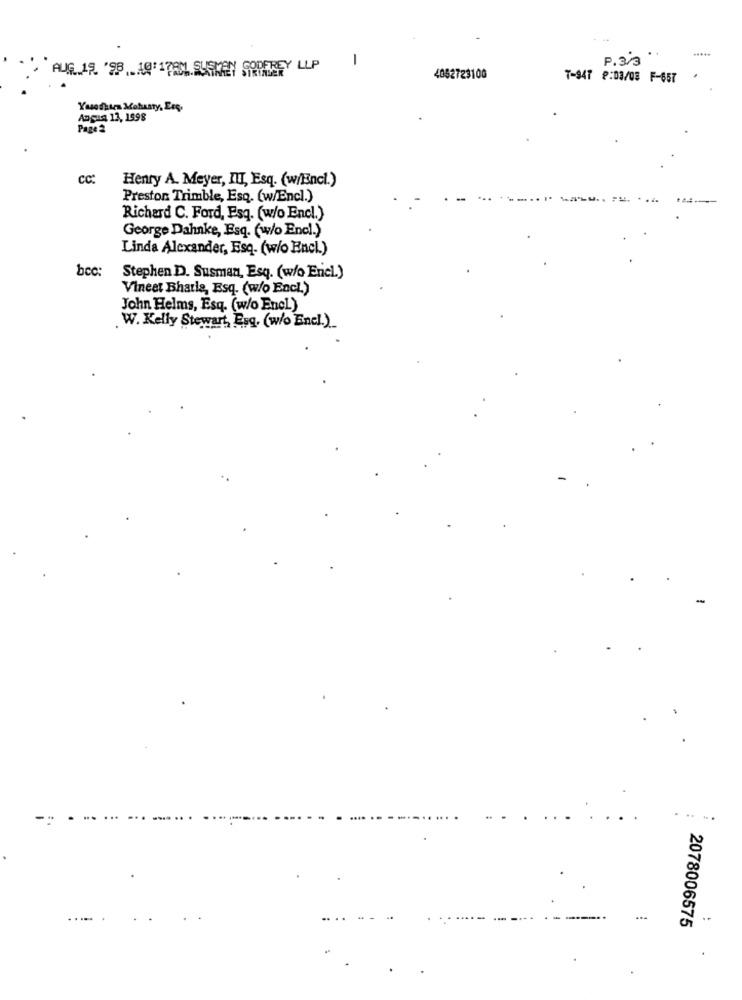
.....
1
P. 3/3
.
AUG.15 '98 10:17AM SUSKAN GODFREY LLP
4052723100
7-947 8:03/08 F-657
Kasodstra Mohsaty, Etc.
Angus 13, 1998
Page 2
cc:
Henry A. Meyer, III, Esq. (w/Encl.)
Preston Trimble, Esq. (w/Encl.)
Richard C. Ford, Esq. (w/o Encl.)
George Dahnke, Esq. (w/o Encl.)
Linda Alexander, Esq. (w/o Encl.)
bcc
Stephen D. Susman, Esq. (w/o Ericl.)
Vineet Bharis, Esq. (w/o Encl.)
John Helms, Esq. (w/o Encl)
. W. Kelly Stewart, Esg. (w/o Encl.).
.. ...
....
----
2078006575